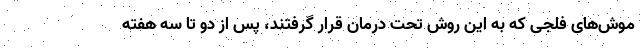
موش‌های فلجی که به این روش تحت درمان قرار گرفتند، پس از دو تا سه هفته